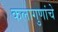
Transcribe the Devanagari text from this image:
कलागुणांचे